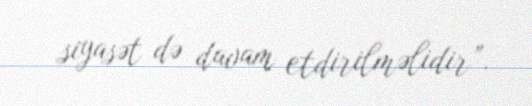
siyasət də davam etdirilməlidir”.